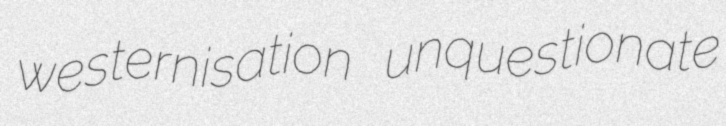
westernisation unquestionate